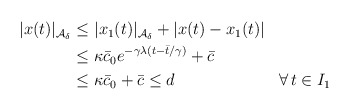
\begin{align*}\begin{aligned}|x(t)|_{\mathcal{A}_\delta} &\le |x_1(t)|_{\mathcal{A}_\delta} + |x(t)-x_1(t)| \\&\le \kappa \bar c_0 e^{-\gamma \lambda (t-\bar{t}/\gamma)} + \bar c \\&\le \kappa \bar c_0+\bar c \leq d && \forall \, t \in I_1\end{aligned}\end{align*}